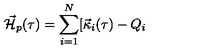
{ { \cal \vec { H } } } _ { p } ( \tau ) = \sum _ { i = 1 } ^ { N } [ { \vec { \kappa } } _ { i } ( \tau ) - Q _ { i }